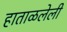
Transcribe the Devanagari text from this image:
हाताळलेली